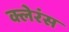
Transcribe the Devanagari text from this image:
क्लेरंस